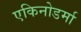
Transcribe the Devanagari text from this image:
एकिनोडर्मा